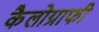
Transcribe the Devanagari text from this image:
कैलोग्राफी